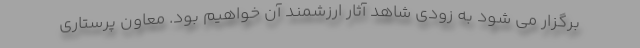
برگزار می شود به زودی شاهد آثار ارزشمند آن خواهیم بود. معاون پرستاری